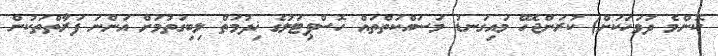
ކޮންމެ ދުވަހަކަށް) ކުރަންޖެހޭ މައިގަނޑު މަސައްކަތްތައް ހޮސްޕިޓަލުގެ ޚިދުމަތް ލިބިގަތުމަށް އަންނަ ފަރާތްތަކުން